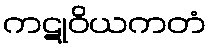
ကဋုဝိယကတံ